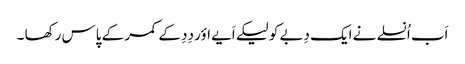
اَب اُنسلے نے ایک دِبے کو لیکے اَیے اؤر دِدِ کے کمر کے پاس رکھا ۔